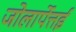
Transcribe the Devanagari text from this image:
जोलार्पेत्तई